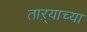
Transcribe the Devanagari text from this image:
ताऱ्‍याच्या